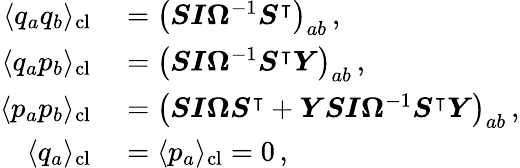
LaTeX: \begin{array}{rl}{\langle q_{a}q_{b}\rangle_{\mathrm{cl}}}&{{}=\left(\boldsymbol{S}\boldsymbol{I}\boldsymbol{\Omega}^{-1}\boldsymbol{S}^{\intercal}\right)_{ab}\, ,}\\ {\langle q_{a}p_{b}\rangle_{\mathrm{cl}}}&{{}=\left(\boldsymbol{S}\boldsymbol{I}\boldsymbol{\Omega}^{-1}\boldsymbol{S}^{\intercal}\boldsymbol{Y}\right)_{ab}\, ,}\\ {\langle p_{a}p_{b}\rangle_{\mathrm{cl}}}&{{}=\left(\boldsymbol{S}\boldsymbol{I}\boldsymbol{\Omega}\boldsymbol{S}^{\intercal}+\boldsymbol{Y}\boldsymbol{S}\boldsymbol{I}\boldsymbol{\Omega}^{-1}\boldsymbol{S}^{\intercal}\boldsymbol{Y}\right)_{ab}\, ,}\\ {\langle q_{a}\rangle_{\mathrm{cl}}}&{{}=\langle p_{a}\rangle_{\mathrm{cl}}=0\, ,}\end{array}